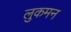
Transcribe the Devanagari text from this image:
लुकमन